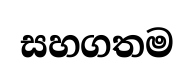
සහගතම